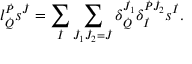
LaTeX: l _ { \dot { Q } } ^ { \dot { P } } s ^ { \dot { J } } = \sum _ { \dot { I } } \sum _ { \dot { J } _ { 1 } \dot { J } _ { 2 } = \dot { J } } \delta _ { \dot { Q } } ^ { \dot { J } _ { 1 } } \delta _ { \dot { I } } ^ { \dot { P } \dot { J } _ { 2 } } s ^ { \dot { I } } .